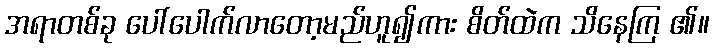
အရာတစ်ခု ပေါ်ပေါက်လာတော့မည်ဟူ၍ကား စိတ်ထဲက သိနေကြ ၏။